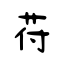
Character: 苻